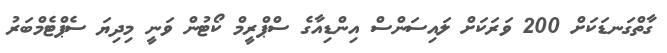
ގާތްގަނޑަކަށް 200 ވަރަކަށް ލައިސަންސް އިންޑިއާގެ ސްޕްރީމް ކޯޓުން ވަނީ މިދިޔަ ސެޕްޓެމްބަރު